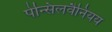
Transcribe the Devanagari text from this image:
पेन्सिलवैनियय